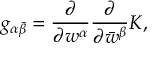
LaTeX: g _ { \alpha \bar { \beta } } = { \frac { \partial } { \partial w ^ { \alpha } } } { \frac { \partial } { \partial \bar { w } ^ { \beta } } } K ,